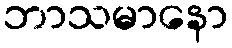
ဘာသမာနော